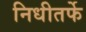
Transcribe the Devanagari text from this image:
निधीतर्फे